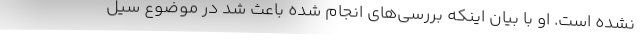
نشده است. او با بیان اینکه بررسی‌های انجام شده باعث شد در موضوع سیل